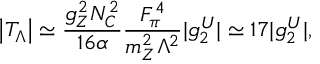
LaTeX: \left| T _ { \Lambda } \right| \simeq { \frac { g _ { Z } ^ { 2 } N _ { C } ^ { 2 } } { 1 6 \alpha } } { \frac { F _ { \pi } ^ { 4 } } { m _ { Z } ^ { 2 } \Lambda ^ { 2 } } } | g _ { 2 } ^ { U } | \simeq 1 7 | g _ { 2 } ^ { U } | ,